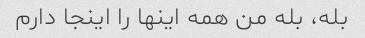
بله، بله من همه اینها را اینجا دارم